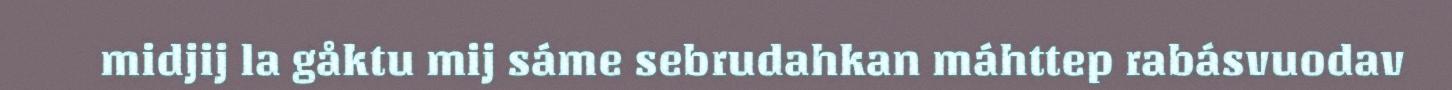
midjij la gåktu mij sáme sebrudahkan máhttep rabásvuodav